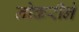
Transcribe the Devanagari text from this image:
नोकरीने